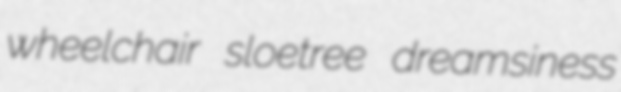
wheelchair sloetree dreamsiness